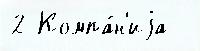
2 Компа́н'иjа